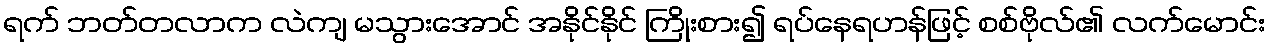
ရက် ဘတ်တလာက လဲကျ မသွားအောင် အနိုင်နိုင် ကြိုးစား၍ ရပ်နေရဟန်ဖြင့် စစ်ဗိုလ်၏ လက်မောင်း